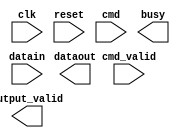

module LCD_CTRL(clk, reset, datain, cmd, cmd_valid, dataout, output_valid, busy);
input           clk;
input           reset;
input   [7:0]   datain;
input   [3:0]   cmd;
input           cmd_valid;
output  [7:0]   dataout;
output          output_valid;
output          busy;
                                                   
endmodule